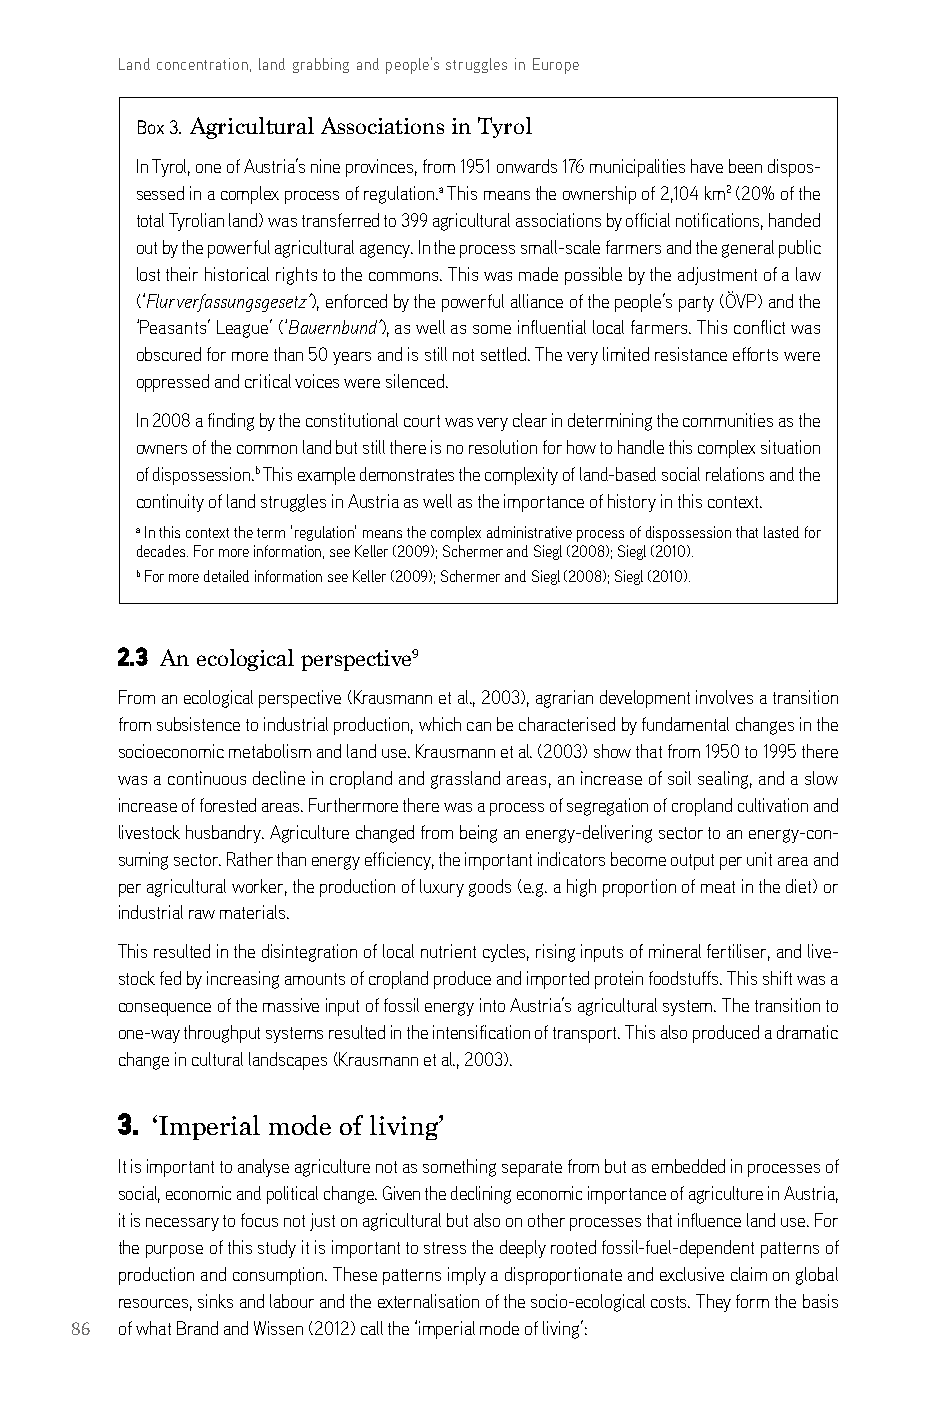
Land concentration, land grabbing and people’s struggles in Europe
 Box 3. Agricultural Associations in Tyrol
 in Tyrol, one of austria’s nine provinces, from 1951 onwards 176 municipalities have been dispos-
 sessed in a complex process of regulation.a This means the ownership of 2,104 km2 (20% of the
 total Tyrolian land) was transferred to 399 agricultural associations by official notifications, handed
 out by the powerful agricultural agency. in the process small-scale farmers and the general public
 lost their historical rights to the commons. This was made possible by the adjustment of a law
 (‘Flurverfassungsgesetz’), enforced by the powerful alliance of the people’s party (ÖVP) and the
 ‘Peasants’ league’ (‘Bauernbund’), as well as some influential local farmers. This conflict was
 obscured for more than 50 years and is still not settled. The very limited resistance efforts were
 oppressed and critical voices were silenced.
 in 2008 a finding by the constitutional court was very clear in determining the communities as the
 owners of the common land but still there is no resolution for how to handle this complex situation
 of dispossession.b This example demonstrates the complexity of land-based social relations and the
 continuity of land struggles in austria as well as the importance of history in this context.
 a in this context the term ‘regulation’ means the complex administrative process of dispossession that lasted for
 decades. For more information, see keller (2009); schermer and siegl (2008); siegl (2010).
 b For more detailed information see keller (2009); schermer and siegl (2008); siegl (2010).
 2.3 An ecological perspective9
 From an ecological perspective (krausmann et al., 2003), agrarian development involves a transition
 from subsistence to industrial production, which can be characterised by fundamental changes in the
 socioeconomic metabolism and land use. krausmann et al. (2003) show that from 1950 to 1995 there
 was a continuous decline in cropland and grassland areas, an increase of soil sealing, and a slow
 increase of forested areas. Furthermore there was a process of segregation of cropland cultivation and
 livestock husbandry. agriculture changed from being an energy-delivering sector to an energy-con-
 suming sector. rather than energy efficiency, the important indicators become output per unit area and
 per agricultural worker, the production of luxury goods (e.g. a high proportion of meat in the diet) or
 industrial raw materials.
 This resulted in the disintegration of local nutrient cycles, rising inputs of mineral fertiliser, and live-
 stock fed by increasing amounts of cropland produce and imported protein foodstuffs. This shift was a
 consequence of the massive input of fossil energy into austria’s agricultural system. The transition to
 one-way throughput systems resulted in the intensification of transport. This also produced a dramatic
 change in cultural landscapes (krausmann et al., 2003).
 3. ‘Imperial mode of living’
 it is important to analyse agriculture not as something separate from but as embedded in processes of
 social, economic and political change. given the declining economic importance of agriculture in austria,
 it is necessary to focus not just on agricultural but also on other processes that influence land use. For
 the purpose of this study it is important to stress the deeply rooted fossil-fuel-dependent patterns of
 production and consumption. These patterns imply a disproportionate and exclusive claim on global
 resources, sinks and labour and the externalisation of the socio-ecological costs. They form the basis
 86 of what brand and Wissen (2012) call the ‘imperial mode of living’: